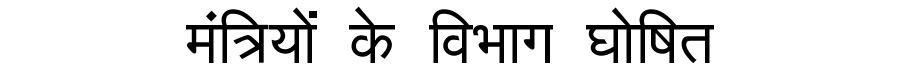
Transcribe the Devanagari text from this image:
मंत्रियों के विभाग घोषित